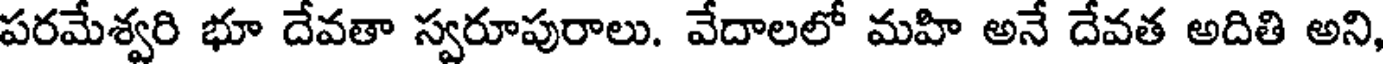
పరమేశ్వరి భూ దేవతా స్వరూపురాలు. వేదాలలో మహి అనే దేవత అదితి అని,